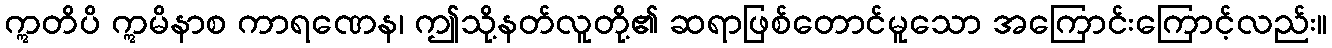
ဣတိပိ ဣမိနာစ ကာရဏေန၊ ဤသို့နတ်လူတို့၏ ဆရာဖြစ်တောင်မူသော အကြောင်းကြောင့်လည်း။